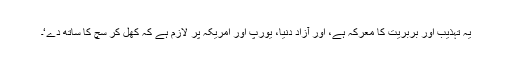
یہ تہذیب اور بربریت کا معرکہ ہے، اور آزاد دنیا، یورپ اور امریکہ پر لازم ہے کہ کھل کر سچ کا ساتھ دے‘۔